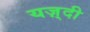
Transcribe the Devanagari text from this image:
यज़्दी